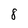
Character: 8